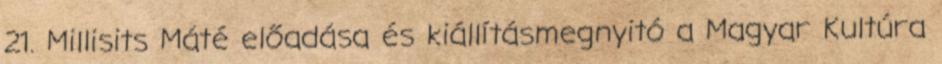
21. Millisits Máté előadása és kiállításmegnyitó a Magyar Kultúra